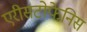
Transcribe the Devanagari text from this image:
एरीसटोफेनिस